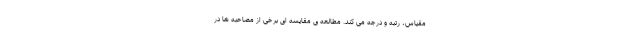
مقیاس، رتبه و درجه می کند. مطالعه ی مقایسه ای برخی از مصاحبه ها در